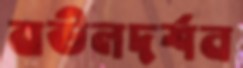
বাউলদর্শন